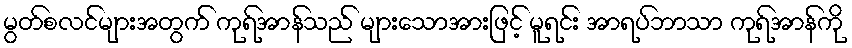
မွတ်စလင်များအတွက် ကုရ်အာန်သည် များသောအားဖြင့် မူရင်း အာရပ်ဘာသာ ကုရ်အာန်ကို